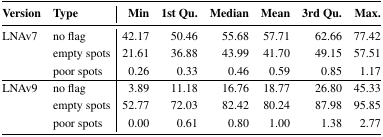
<table><thead><tr><td><b>Version</b></td><td><b>Type</b></td><td><b>Min</b></td><td><b>1st Qu.</b></td><td><b>Median</b></td><td><b>Mean</b></td><td><b>3rd Qu.</b></td><td><b>Max.</b></td></tr></thead><tbody><tr><td>LNAv7</td><td>no flag</td><td>42.17</td><td>50.46</td><td>55.68</td><td>57.71</td><td>62.66</td><td>77.42</td></tr><tr><td></td><td>empty spots</td><td>21.61</td><td>36.88</td><td>43.99</td><td>41.70</td><td>49.15</td><td>57.51</td></tr><tr><td></td><td>poor spots</td><td>0.26</td><td>0.33</td><td>0.46</td><td>0.59</td><td>0.85</td><td>1.17</td></tr><tr><td>LNAv9</td><td>no flag</td><td>3.89</td><td>11.18</td><td>16.76</td><td>18.77</td><td>26.80</td><td>45.33</td></tr><tr><td></td><td>empty spots</td><td>52.77</td><td>72.03</td><td>82.42</td><td>80.24</td><td>87.98</td><td>95.85</td></tr><tr><td></td><td>poor spots</td><td>0.00</td><td>0.61</td><td>0.80</td><td>1.00</td><td>1.38</td><td>2.77</td></tr></tbody></table>